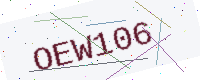
Text: OEW106